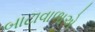
બાટાવાળાએ